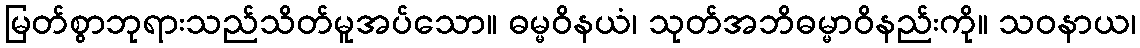
မြတ်စွာဘုရားသည်သိတ်မူအပ်သော။ ဓမ္မဝိနယံ၊ သုတ်အဘိဓမ္မာဝိနည်းကို။ သဝနာယ၊